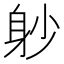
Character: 𨈘